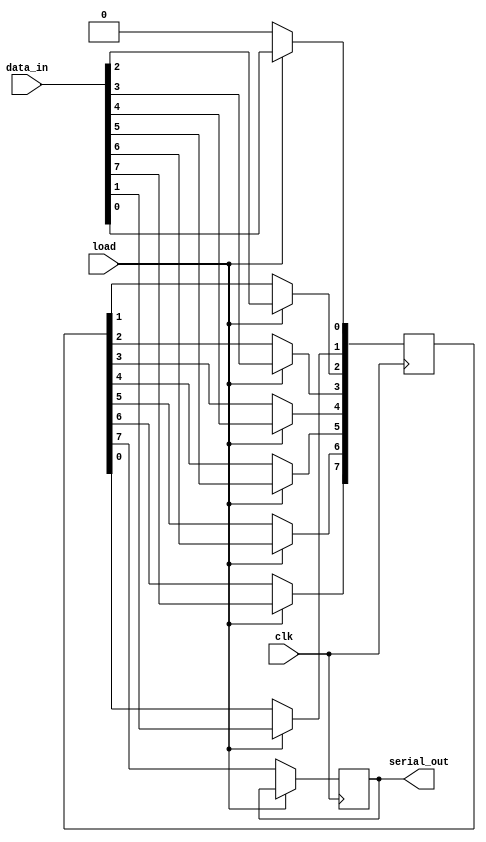
module dynamic_piso_register #(
    parameter WIDTH = 8 // Width of the PISO register (number of bits)
)(
    input wire clk,                     // Clock signal
    input wire load,                    // Load control signal
    input wire [WIDTH-1:0] data_in,     // Parallel data input
    output reg serial_out                // Serial output
);
    // Internal storage for the PISO register (using registers for simplification)
    reg [WIDTH-1:0] storage;
    integer i;

    always @(posedge clk) begin
        if (load) begin
            // Load data into the register
            storage <= data_in;
        end else begin
            // Shift data out serially
            serial_out <= storage[WIDTH - 1]; // Output the MSB
            for (i = WIDTH - 1; i > 0; i = i - 1) begin
                storage[i] <= storage[i - 1]; // Shift left
            end
            storage[0] <= 1'b0; // Optional: clear the LSB (if needed)
        end
    end
endmodule